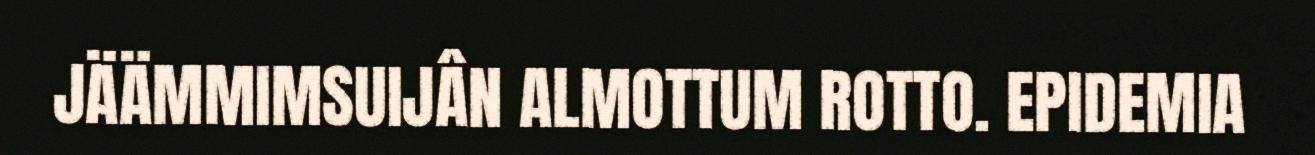
JÄÄMMIMSUIJÂN ALMOTTUM ROTTO. EPIDEMIA